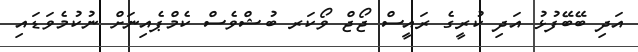
އަދި ބޭބޭފުޅު އަދި ކުރީގެ ރައީސް ޖޯޖް ވޯކަރ ބުޝްވެސް ކެމްޕެއިނަށް ނުކުމެވަޑައި